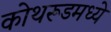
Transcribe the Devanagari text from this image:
कोथरूडमध्ये